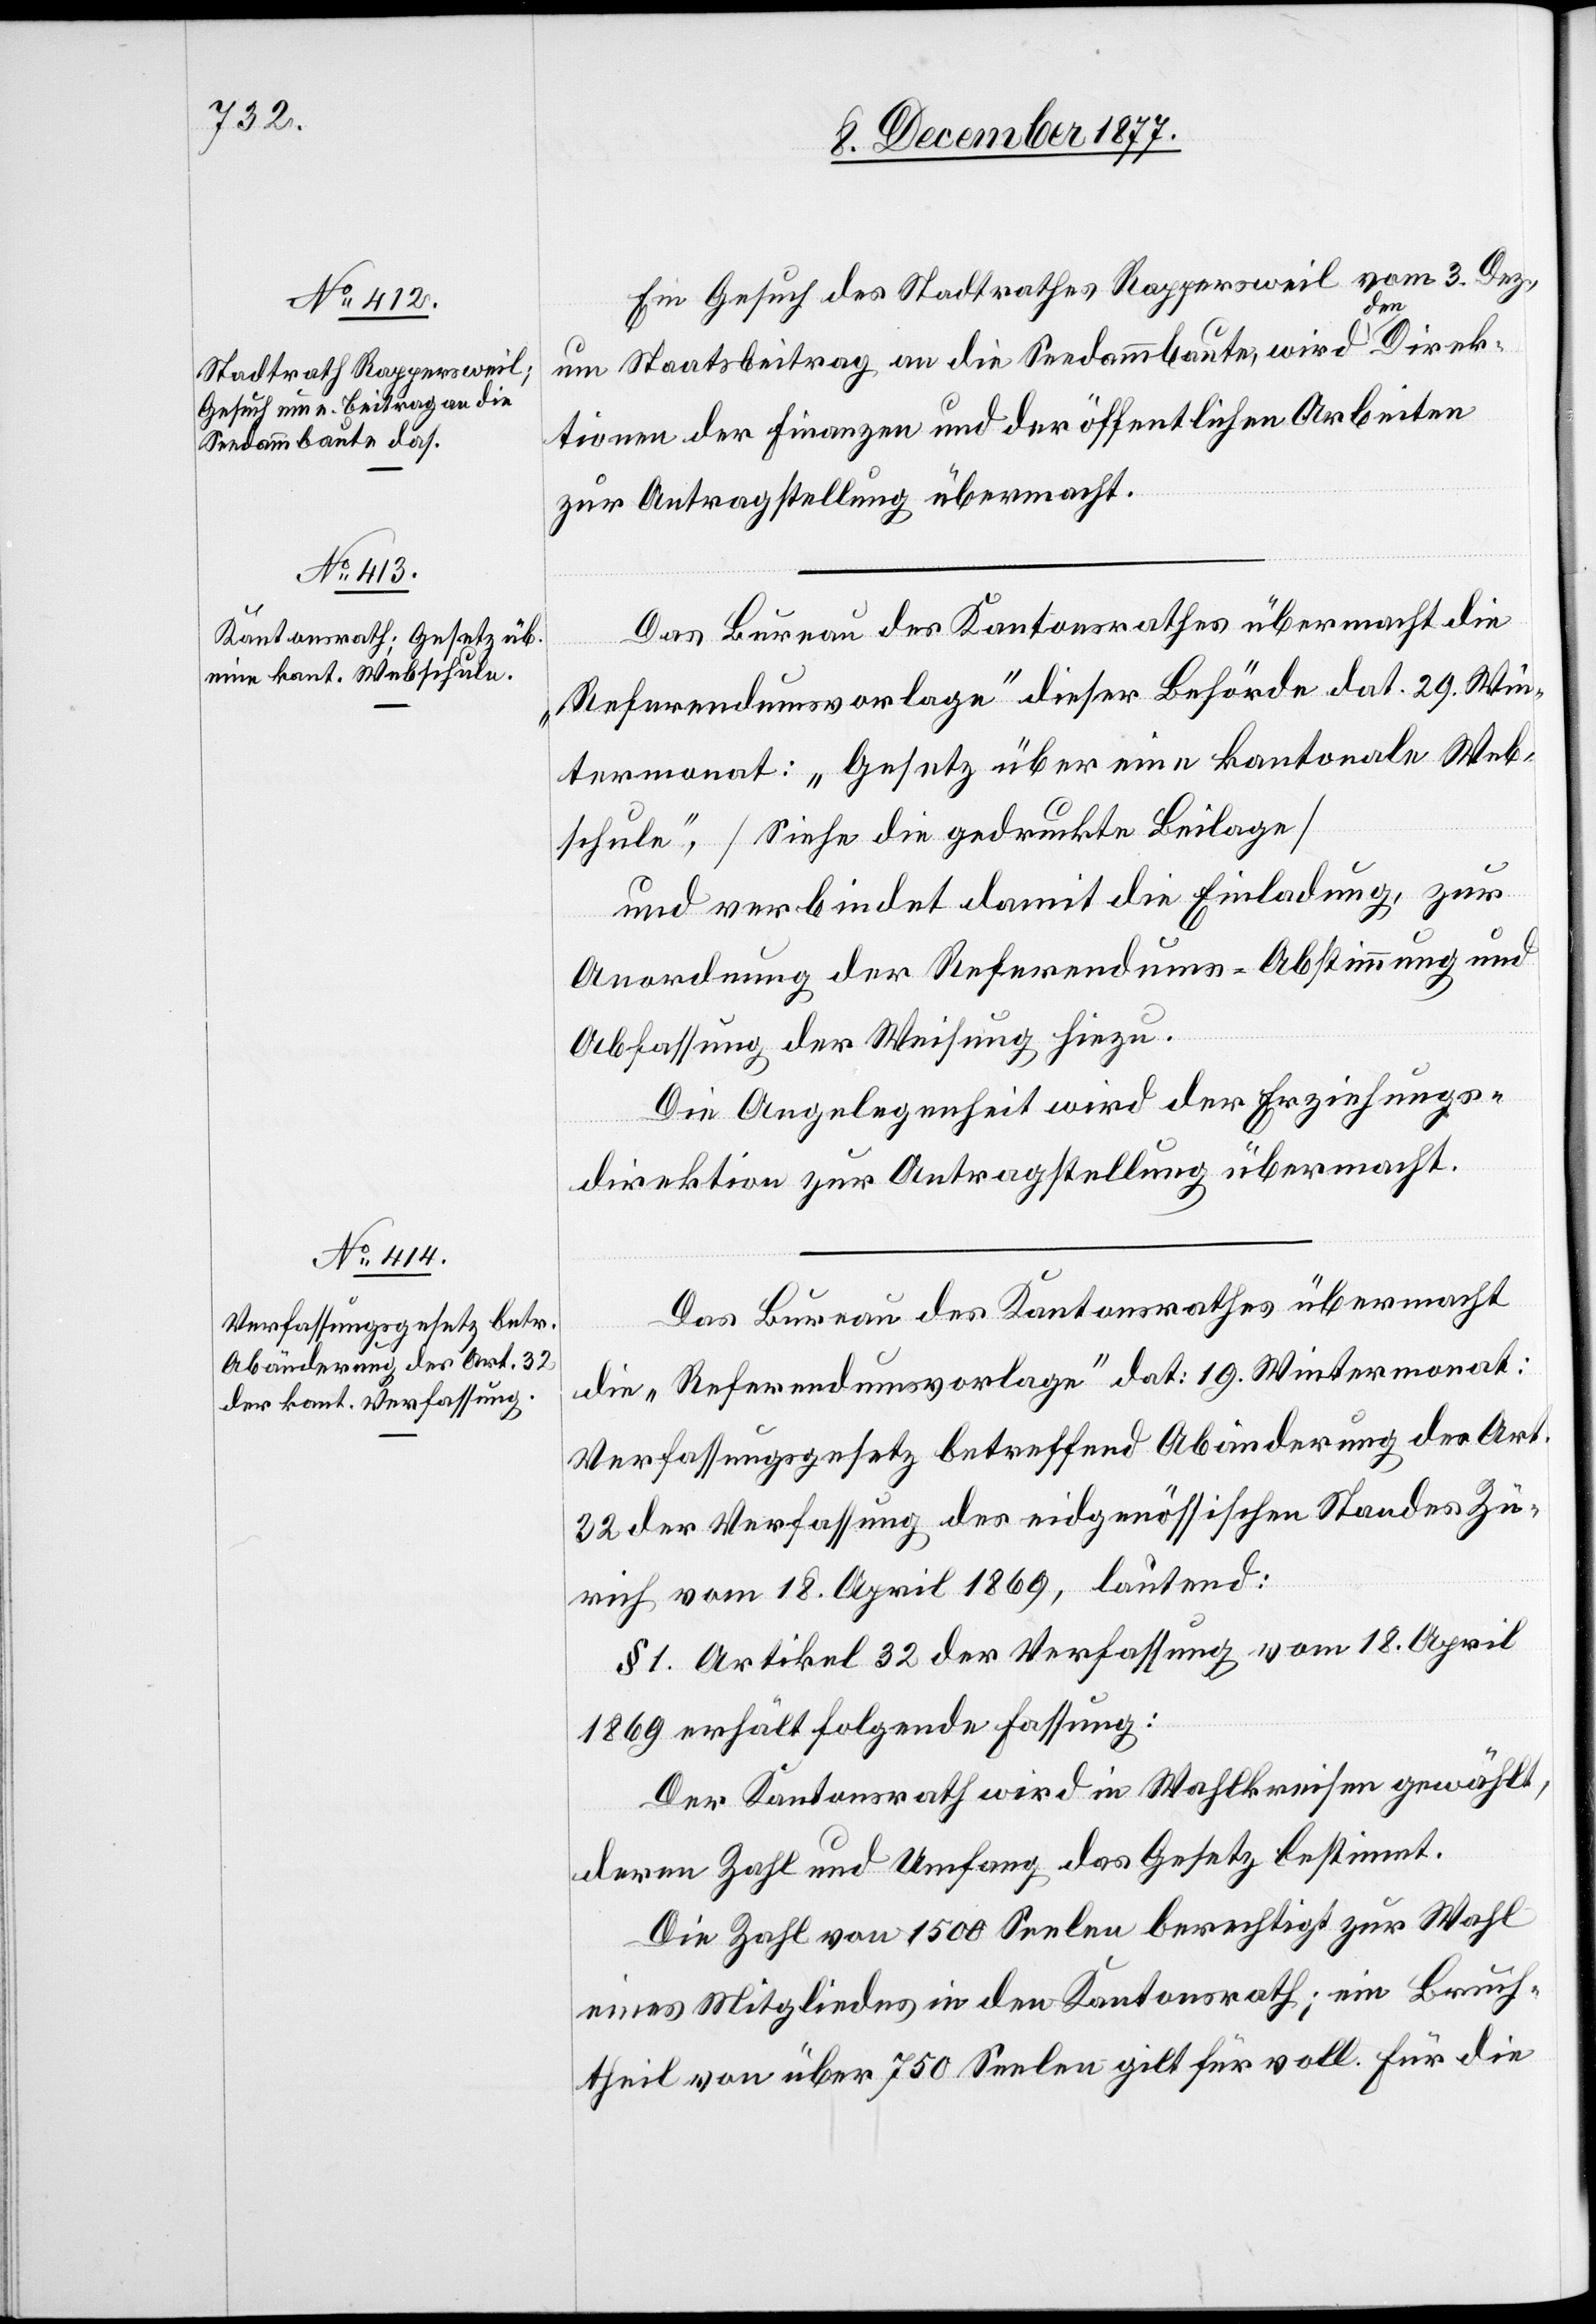
Ein Gesuch des Stadtrathes Rappersweil vom 3. Dez.,
um Staatsbeitrag an die Seedammbaute, wird den Direk¬
tionen der Finanzen und der öffentlichen Arbeiten
zur Antragstellung übermacht.
Das Bureau des Kantonsrathes übermacht die
„Referendumsvorlage“ dieser Behörde dat. 29. Win¬
termonat: „Gesetz über eine kantonale Web¬
schule“, [Siehe die gedruckte Beilage]
und verbindet damit die Einladung, zur
Anordnung der Referendums-Abstimmung und
Abfassung der Weisung hiezu.
Die Angelegenheit wird der Erziehungs¬
direktion zur Antragstellung übermacht.
Das Bureau des Kantonsrathes übermacht
die „Referendumsvorlage“ dat: 19. Wintermonat:
Verfassungsgesetz betreffend Abänderung des Art.
32 der Verfassung des eidgenössischen Standes Zü¬
rich vom 18. April 1869, lautend:
§ 1. Artikel 32 der Verfassung vom 18. April
1869 erhält folgende Fassung:
Der Kantonsrath wird in Wahlkreisen gewählt,
deren Zahl und Umfang das Gesetz bestimmt.
Die Zahl von 1500 Seelen berechtigt zur Wahl
eines Mitgliedes in den Kantonsrath; ein Bruch¬
theil von über 750 Seelen gilt für voll. Für die